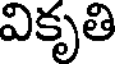
వికృతి